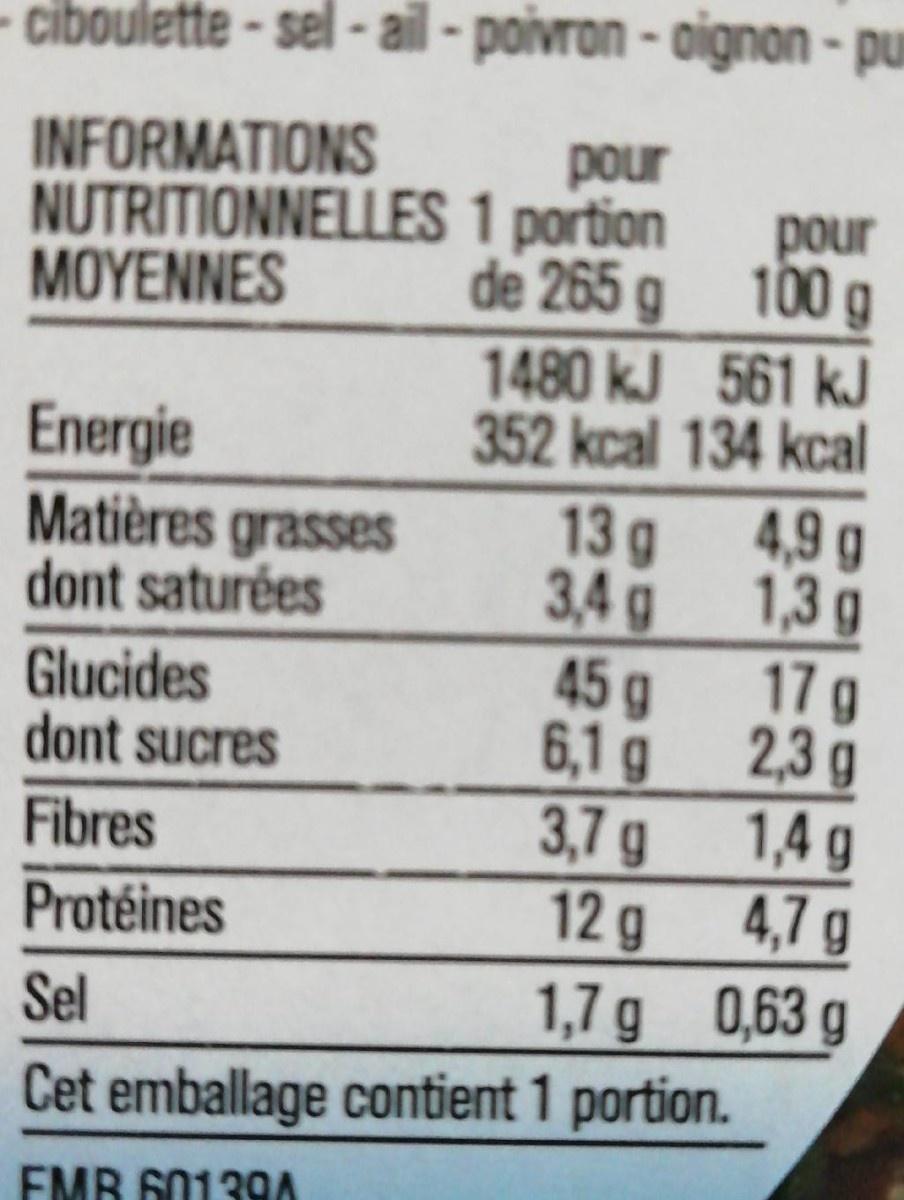
ciboulette - sel - ail - poivron - oignon - pur
INFORMATIONS NUTRITIONNELLES 1 portion ΜΟΥΕΝΝES
pour
de 265 g
pour 100g
1480 kJ 561 kJ 352 kcal 134 kcal
Energie Matières grasses dont saturées
13g
4,9 g
3,4 g
1,3 g
45g
17 g
Glucides dont sucres
6,1 g
2,3 g
Fibres
3,7g
1,4 g
Protéines
12 g
4,7g
Sel
1,7 g 0,63 g
Cet emballage contient 1 portion.
EMB 60139A